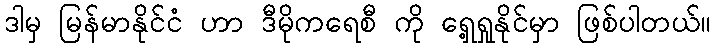
ဒါမှ မြန်မာနိုင်ငံ ဟာ ဒီမိုကရေစီ ကို ရှေ့ရှုနိုင်မှာ ဖြစ်ပါတယ်။